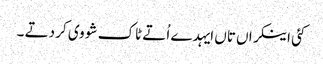
کئی اینکراں تاں ایہدے اُتے ٹاک شو وی کر دتے ۔